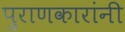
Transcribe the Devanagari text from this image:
पुराणकारांनी